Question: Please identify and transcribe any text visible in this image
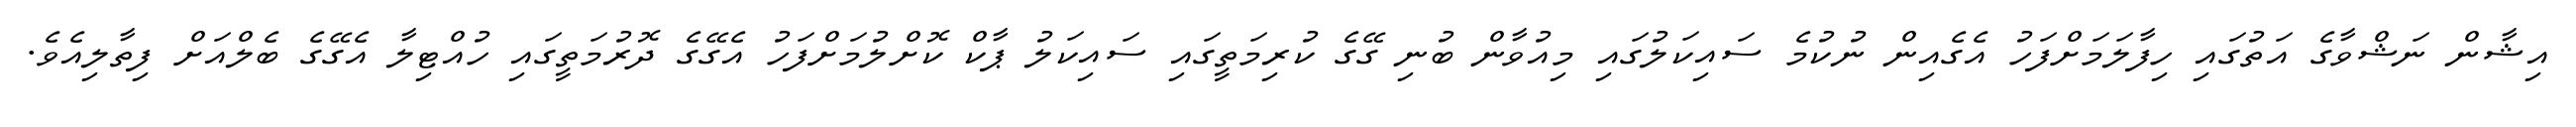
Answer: އިޝާން ނަޝްވާގެ އަތުގައި ހިފާލަމަށްފަހު އެގެއިން ނުކުމެ ސައިކަލުގައި މިއުވާން ބުނި ގޭގެ ކުރިމަތީގައި ސައިކަލު ޕާކް ކޮށްލުމަށްފަހު އެގޭގެ ދޮރުމަތީގައި ހުއްޓިލާ އެގޭގެ ބެލްއަށް ފިތާލިއެވެ.